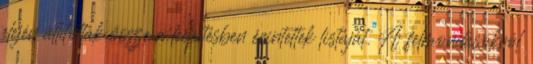
elején állították össze a leépítésben érintettek listáját. A felmondásokról